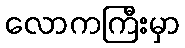
လောကကြီးမှာ